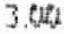
3.00